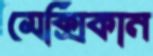
মেক্সিকান